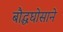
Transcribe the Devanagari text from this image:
बौद्धघोसाने